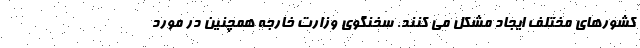
کشورهای مختلف ایجاد مشکل می کنند. سخنگوی وزارت خارجه همچنین در مورد